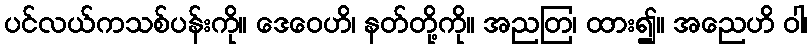
ပင်လယ်ကသစ်ပန်းကို။ ဒေဝေဟိ၊ နတ်တို့ကို။ အညတြ၊ ထား၍။ အညေဟိ ဝါ၊